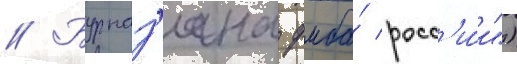
// Бурназ'яна фмба́ росс'и́и")